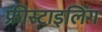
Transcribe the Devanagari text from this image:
फ्रीस्टाइलिंग